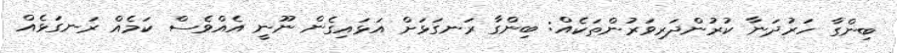
ބިންގާ ހަރުދަނާ ކުރުންދަރިވަރުންތަކެއް: ބިންގާ ރަނގަޅަށް އަޅައިގެން ނޫނީ އެއްވެސް ކަމެއް ރަނގަޅެއް